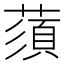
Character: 蕦